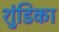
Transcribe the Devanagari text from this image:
शुंडिका